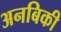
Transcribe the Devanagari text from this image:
अनबिकी